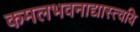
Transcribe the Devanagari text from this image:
कमलभवनाद्यास्त्वयि